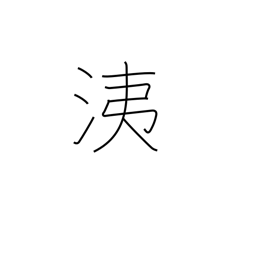
Meaning: nasal discharge